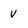
Character: v